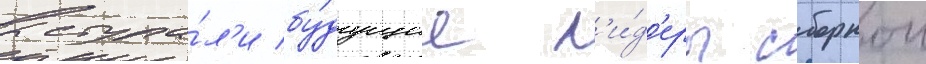
выступа́л'и бу́дущие л'и́д'еры сборнои